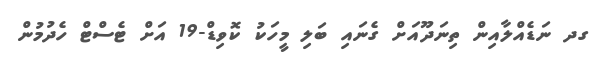
ގދ ނަޑެއްލާއިން ތިނަދޫއަށް ގެނައި ބަލި މީހަކު ކޮވިޑް-19 އަށް ޓެސްޓް ހެދުމުން